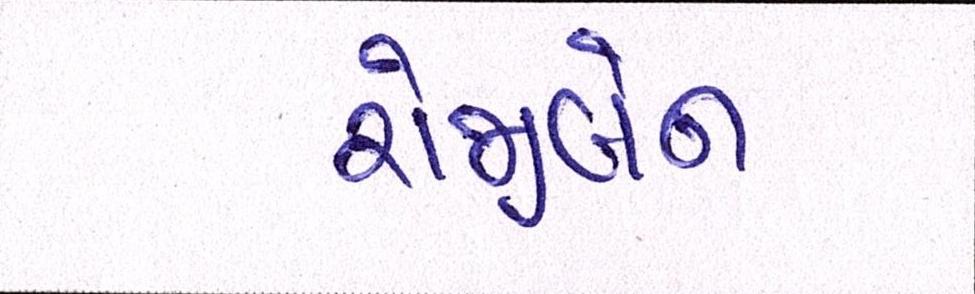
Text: રોજીબેન